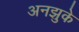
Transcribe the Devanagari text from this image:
अनझुके